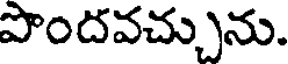
పొందవచ్చును.